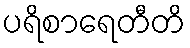
ပရိစာရေတီတိ